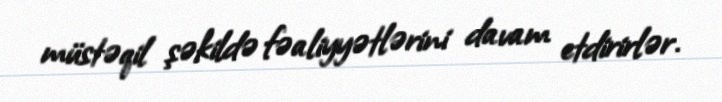
müstəqil şəkildə fəaliyyətlərini davam etdirirlər.